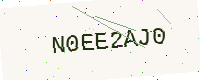
Text: N0EE2AJ0